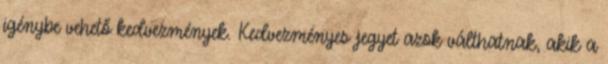
igénybe vehető kedvezmények. Kedvezményes jegyet azok válthatnak, akik a